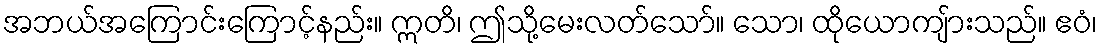
အဘယ်အကြောင်းကြောင့်နည်း။ ဣတိ၊ ဤသို့မေးလတ်သော်။ သော၊ ထိုယောကျ်ားသည်။ ဧဝံ၊